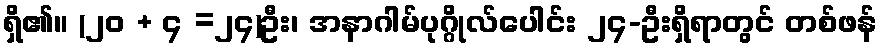
ရှိ၏။ (၂၀ + ၄ =၂၄)ဦး၊ အနာဂါမ်ပုဂ္ဂိုလ်ပေါင်း ၂၄-ဦးရှိရာတွင် တစ်ဖန်